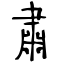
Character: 肅